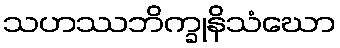
သဟဿဘိက္ခုနိသံဃော